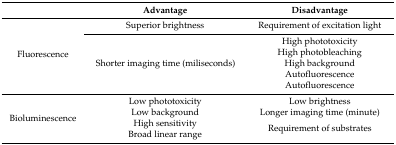
<table><thead><tr><td></td><td><b>Advantage</b></td><td><b>Disadvantage</b></td></tr></thead><tbody><tr><td rowspan="6">Fluorescence</td><td>Superior brightness</td><td>Requirement of excitation light</td></tr><tr><td rowspan="5">Shorter imaging time (miliseconds)</td><td>High phototoxicity</td></tr><tr><td>High photobleaching</td></tr><tr><td>High background</td></tr><tr><td>Autofluorescence</td></tr><tr><td>Autofluorescence</td></tr><tr><td rowspan="4">Bioluminescence</td><td>Low phototoxicity </td><td>Low brightness </td></tr><tr><td>Low background </td><td>Longer imaging time (minute)</td></tr><tr><td>High sensitivity </td><td rowspan="2">Requirement of substrates</td></tr><tr><td>Broad linear range</td></tr></tbody></table>